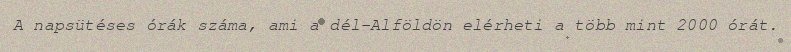
A napsütéses órák száma, ami a dél-Alföldön elérheti a több mint 2000 órát.